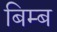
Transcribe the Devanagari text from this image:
बिम्‍ब